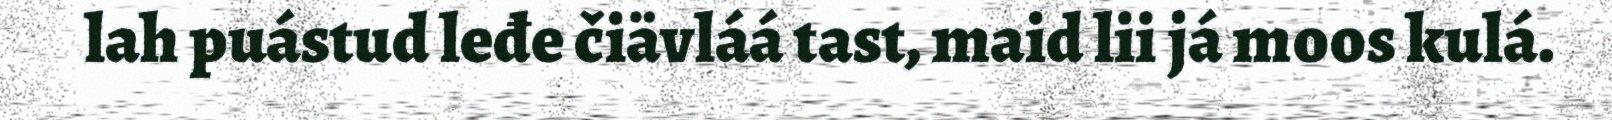
lah puástud leđe čiävláá tast, maid lii já moos kulá.